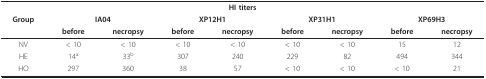
<table><thead><tr><td colspan="9"><b>HI titers</b></td></tr><tr><td><b>Group</b></td><td colspan="2"><b>IA04</b></td><td colspan="2"><b>XP12H1</b></td><td colspan="2"><b>XP31H1</b></td><td colspan="2"><b>XP69H3</b></td></tr><tr><td></td><td><b>before</b></td><td><b>necropsy</b></td><td><b>before</b></td><td><b>necropsy</b></td><td><b>before</b></td><td><b>necropsy</b></td><td><b>before</b></td><td><b>necropsy</b></td></tr></thead><tbody><tr><td>NV</td><td>&lt; 10</td><td>&lt; 10</td><td>&lt; 10</td><td>&lt; 10</td><td>&lt; 10</td><td>&lt; 10</td><td>15</td><td>12</td></tr><tr><td>HE</td><td>14<sup>a</sup></td><td>33<sup>b</sup></td><td>307</td><td>240</td><td>229</td><td>82</td><td>494</td><td>344</td></tr><tr><td>HO</td><td>297</td><td>360</td><td>38</td><td>57</td><td>&lt; 10</td><td>&lt; 10</td><td>&lt; 10</td><td>21</td></tr></tbody></table>